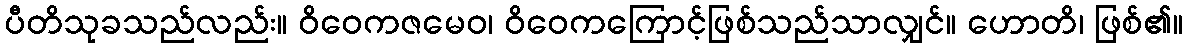
ပီတိသုခသည်လည်း။ ဝိဝေကဇမေဝ၊ ဝိဝေကကြောင့်ဖြစ်သည်သာလျှင်။ ဟောတိ၊ ဖြစ်၏။